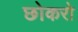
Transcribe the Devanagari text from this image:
छोकरो